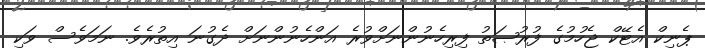
ޕެނިކް އެޓޭކް ޖެހުމުގެ ފުރުޞަތު ފިރިހެނުންނަށްވުރެ އަންހެނުންނަށް ދެގުނަ އިތުރެވެ. ނަމަވެސް ވަކި